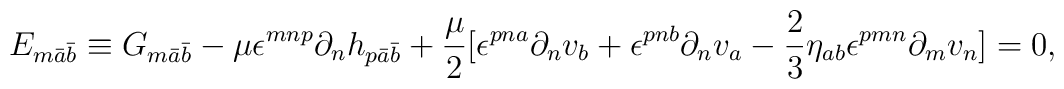
E_{m\bar a\bar b} \equiv G_{m\bar a\bar b} -\mu\epsilon^{mnp}\partial_{n}h_{p\bar a\bar b}+ \frac{\mu}{2}[\epsilon^{pna}\partial_{n}v_{b} +\epsilon^{pnb}\partial_{n}v_{a} -\frac{2}{3}\eta_{ab}\epsilon^{pmn}\partial_{m}v_{n}] = 0,